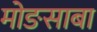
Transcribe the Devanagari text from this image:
मोङसाबा